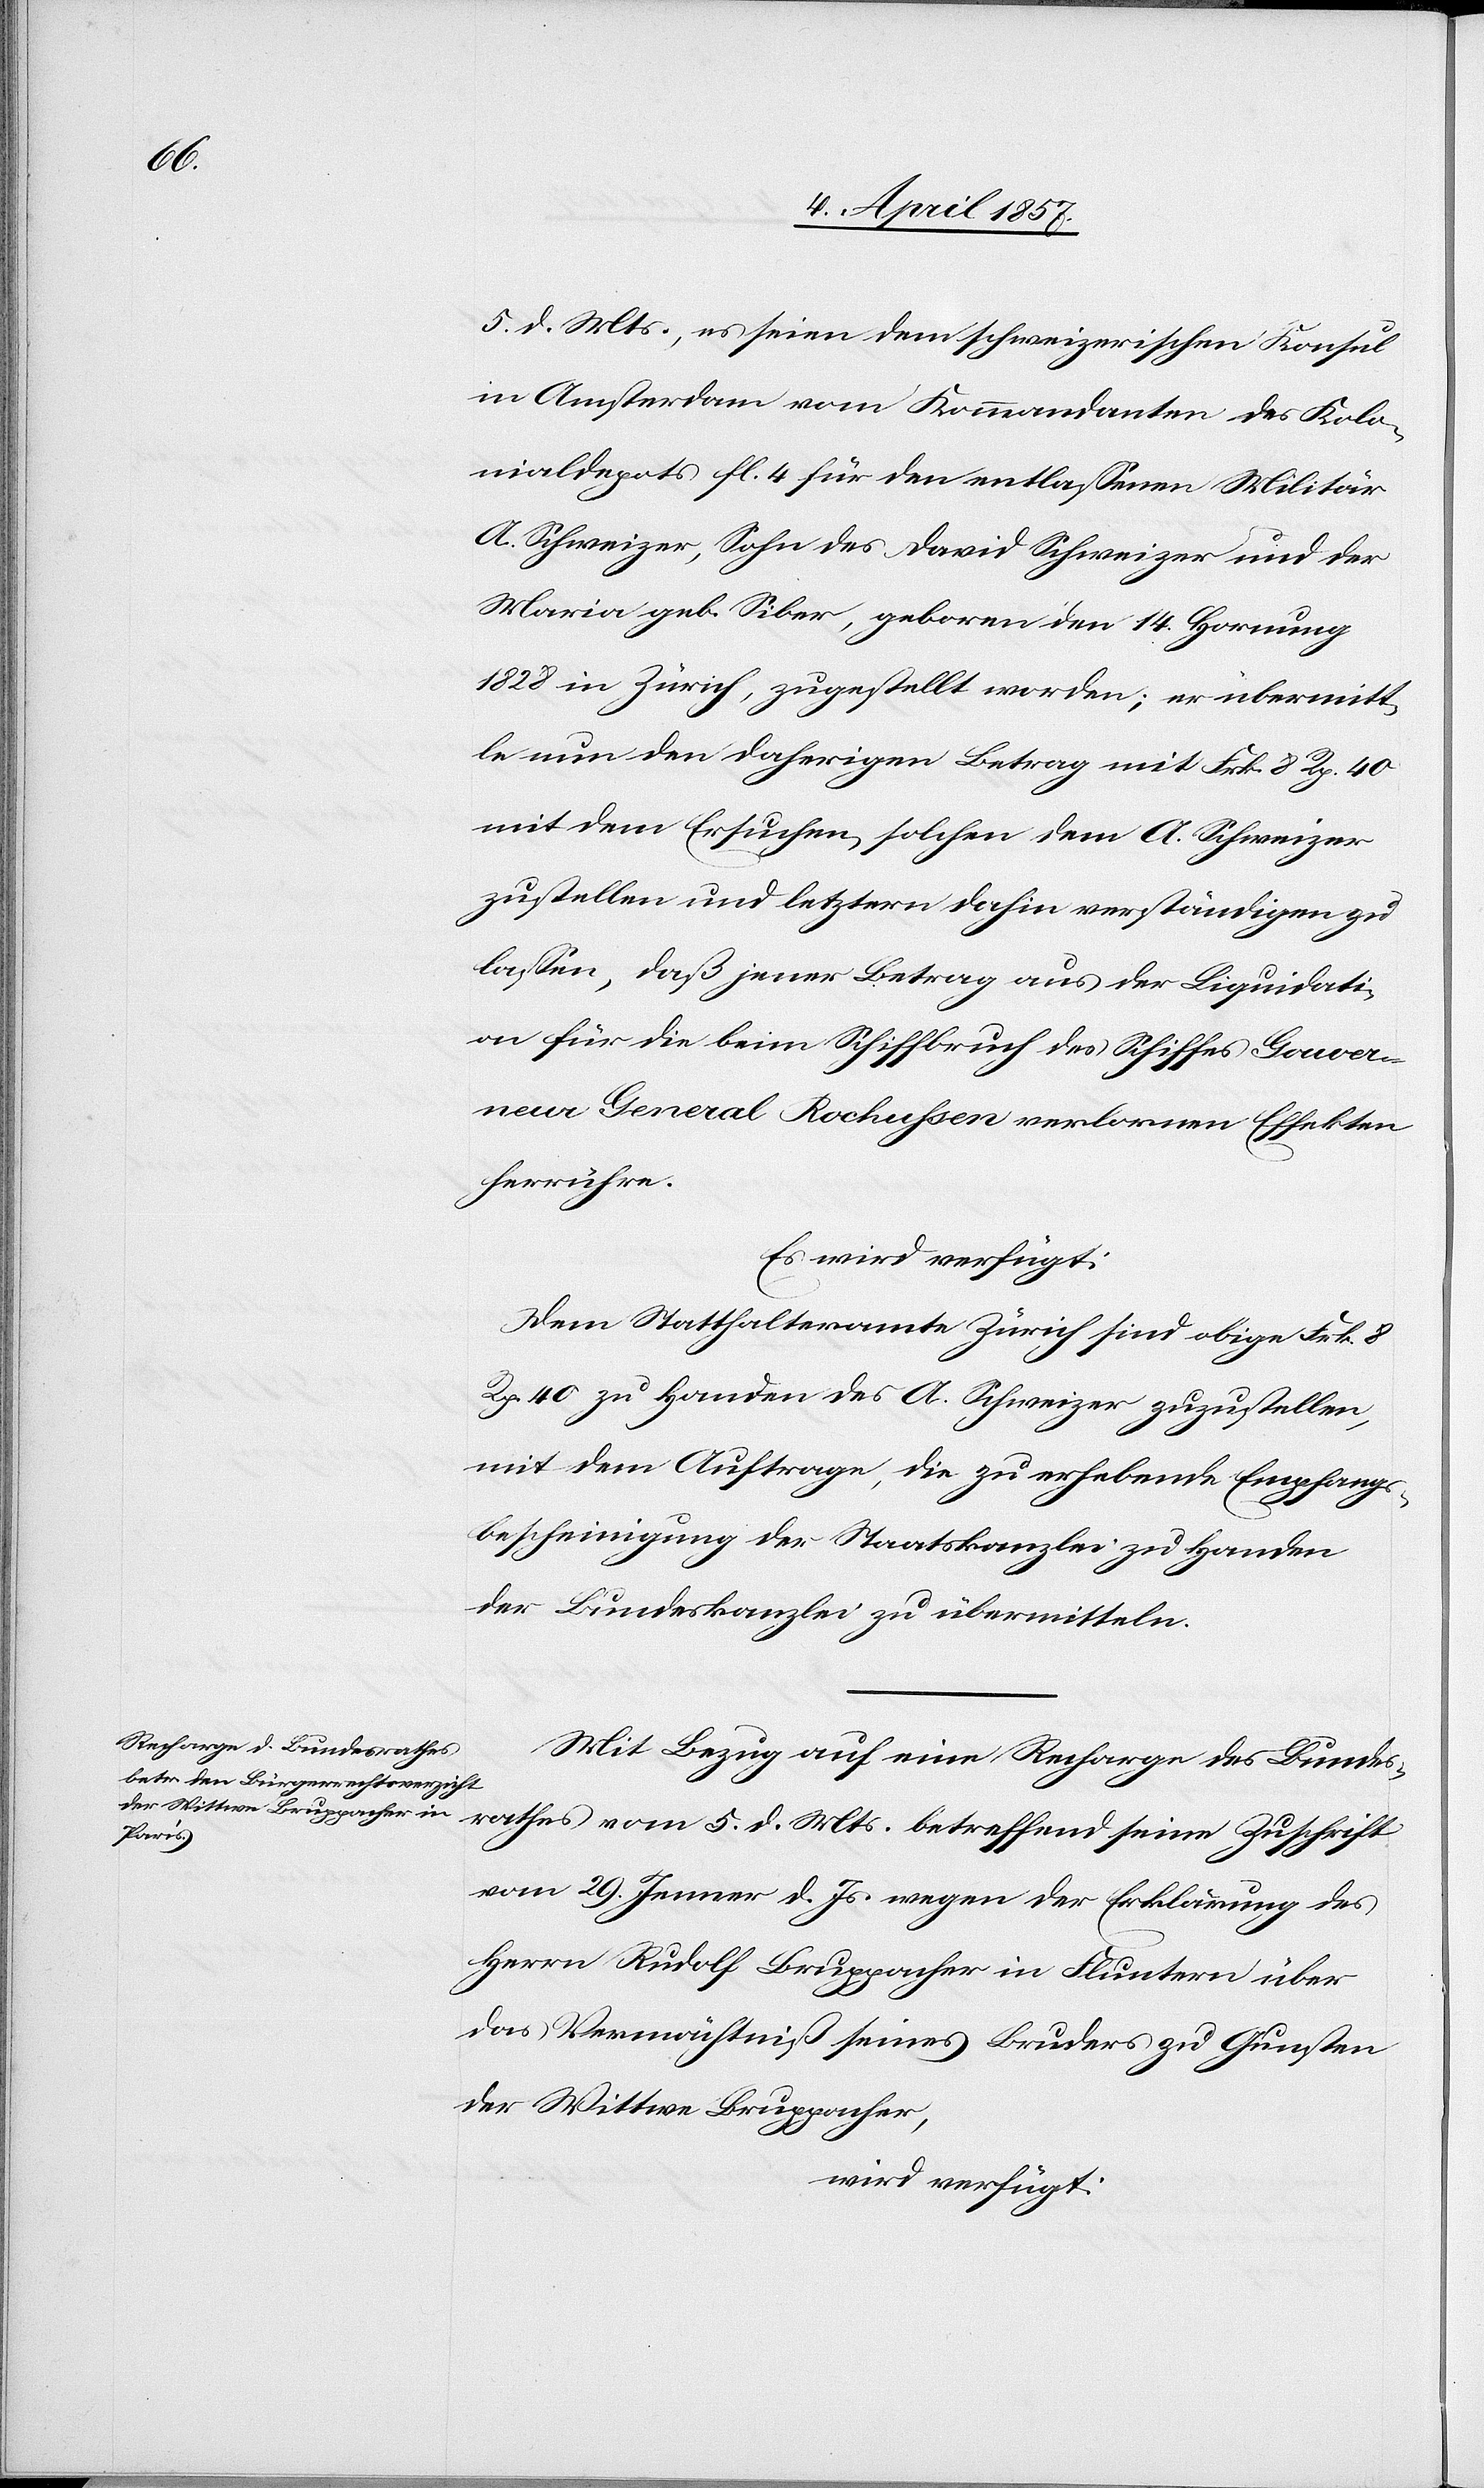
7. April 1857.]
5. d. Mts., es seien dem schweizerischen Konsul
in Amsterdam vom Kommandanten des Kolo¬
nialdepots fl. 4 für den entlassenen Militär
A. Schweizer, Sohn des David Schweizer und der
Maria geb. Siber, geboren den 14. Hornung
1828 in Zürich, zugestellt worden; er übermitt¬
le nun den daherigen Betrag mit Frk. 8 Rp. 40
mit dem Ersuchen, solchen dem A. Schweizer
zustellen und letztern dahin verständigen zu
lassen, daß jener Betrag aus der Liquidati¬
on für die beim Schiffbruch des Schiffes Gouver¬
neur General Rochussen verlornen Effekten
herrühre.
Mit Bezug auf eine Recharge des Bundes¬
rathes vom 5. d. Mts. betreffend seine Zuschrift
vom 29. Jenner d. Js. wegen der Erklärung des
Herrn Rudolf Bruppacher in Fluntern über
das Vermächtniß seines Bruders zu Gunsten
der Wittwe Bruppacher,
wird verfügt: